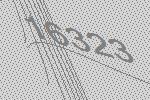
16323